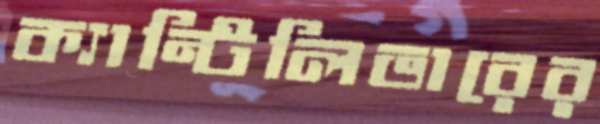
ক্যান্টিলিভারের